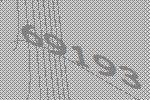
69193